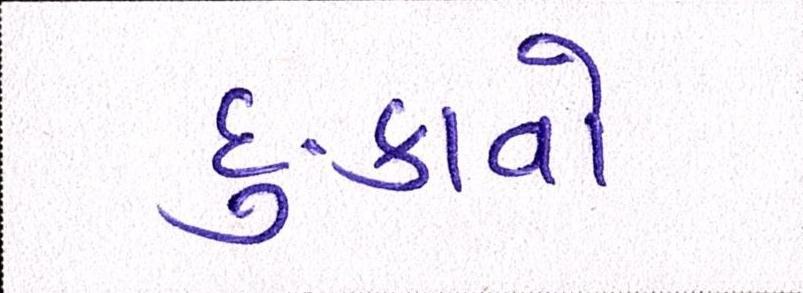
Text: દુઃકાવો